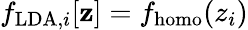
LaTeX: f_{\mathrm{LDA},i}[\mathbf{z}]=f_{\mathrm{homo}}(z_{i})